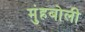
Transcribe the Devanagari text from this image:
मुंहबोली